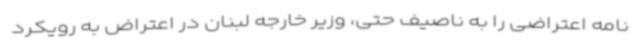
نامه اعتراضی را به ناصیف حتی، وزیر خارجه لبنان در اعتراض به رویکرد